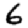
Digit: 6